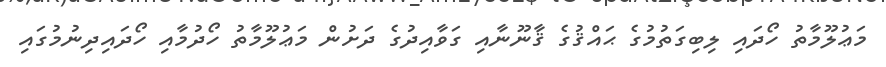
މަޢުލޫމާތު ހޯދައި ލިބިގަތުމުގެ ޙައްޤުގެ ޤާނޫނާއި ގަވާއިދުގެ ދަށުން މަޢުލޫމާތު ހޯދުމާއި ހޯދައިދިނުމުގައި